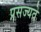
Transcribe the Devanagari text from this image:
प्रसज्यते